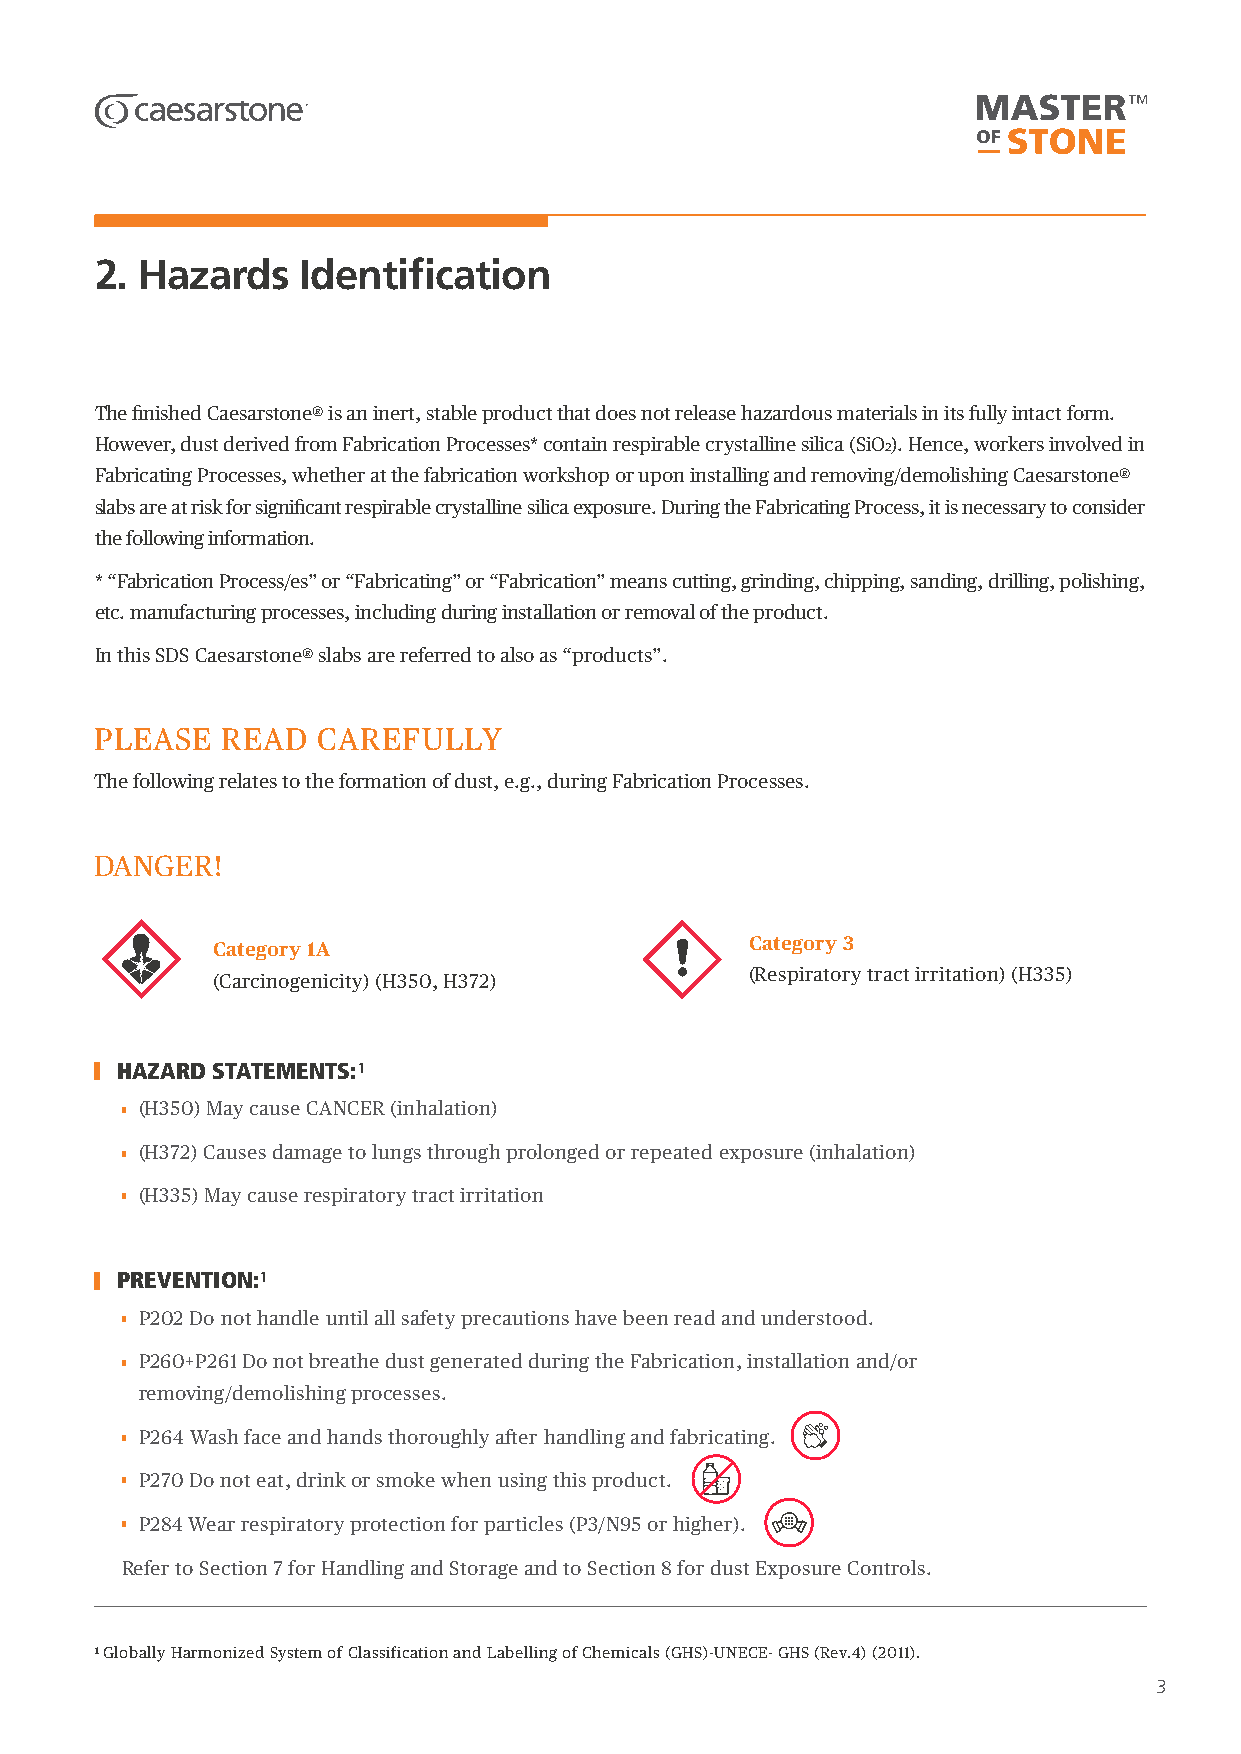
2. Hazards    Identification
 The finished Caesarstone® is an inert, stable product that does not release hazardous materials in its fully intact form.
 However, dust derived from Fabrication Processes* contain respirable crystalline silica (SiO2). Hence, workers involved in
 Fabricating Processes, whether at the fabrication workshop or upon installing and removing/demolishing Caesarstone®
 slabs are at risk for significant respirable crystalline silica exposure. During the Fabricating Process, it is necessary to consider
 the following information.
 *“Fabrication Process/es” or “Fabricating” or “Fabrication” means cutting, grinding, chipping, sanding, drilling, polishing,
 etc. manufacturing processes, including during installation or removal of the product.
 In this SDS Caesarstone® slabs are referred to also as “products”.
 PLEASE   READ  CAREFULLY
 The following relates to the formation of dust, e.g., during Fabrication Processes.
 DANGER!
 Category 3
 Category 1A
 (Respiratory tract irritation) (H335)
 (Carcinogenicity) (H350, H372)
 HAZARD STATEMENTS:¹
 (H350) May cause CANCER (inhalation)
 (H372) Causes damage to lungs through prolonged or repeated exposure (inhalation)
 (H335) May cause respiratory tract irritation
 PREVENTION:¹
 P202 Do not handle until all safety precautions have been read and understood.
 P260+P261 Do not breathe dust generated during the Fabrication, installation and/or
 removing/demolishing processes.
 P264 Wash face and hands thoroughly after handling and fabricating.
 P270 Do not eat, drink or smoke when using this product.
 P284 Wear respiratory protection for particles (P3/N95 or higher).
 Refer to Section 7 for Handling and Storage and to Section 8 for dust Exposure Controls.
 1 Globally Harmonized System of Classification and Labelling of Chemicals (GHS)-UNECE- GHS (Rev.4) (2011).
 3